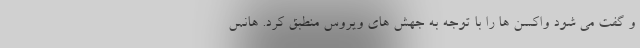
و گفت می شود واکسن ها را با توجه به جهش های ویروس منطبق کرد. هانس